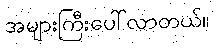
အများကြီးပေါ်လာတယ်။